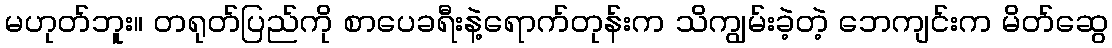
မဟုတ်ဘူး။ တရုတ်ပြည်ကို စာပေခရီးနဲ့ရောက်တုန်းက သိကျွမ်းခဲ့တဲ့ ဘေကျင်းက မိတ်ဆွေ